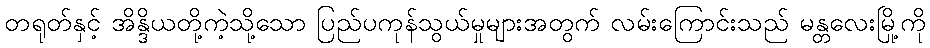
တရုတ်နှင့် အိန္ဒိယတို့ကဲ့သို့သော ပြည်ပကုန်သွယ်မှုများအတွက် လမ်းကြောင်းသည် မန္တလေးမြို့ကို